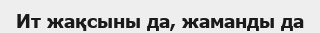
Ит жақсыны да, жаманды да